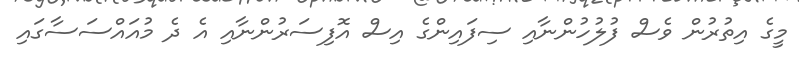
މީގެ އިތުރުން ވެސް ފުލުހުންނާއި ސިފައިންގެ އިސް އޮފިސަރުންނާއި އެ ދެ މުއައްސަސާގައި